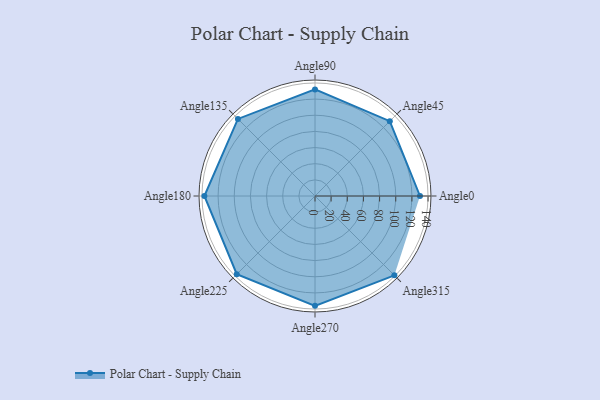
{"axis": {"x": "Angle", "y": "Radius"}, "legend": [""], "data": [{"x": "Angle0", "y": 130.0, "type": ""}, {"x": "Angle45", "y": 131.0, "type": ""}, {"x": "Angle90", "y": 132.0, "type": ""}, {"x": "Angle135", "y": 135.0, "type": ""}, {"x": "Angle180", "y": 137.0, "type": ""}, {"x": "Angle225", "y": 137.0, "type": ""}, {"x": "Angle270", "y": 136.0, "type": ""}, {"x": "Angle315", "y": 139.0, "type": ""}]}